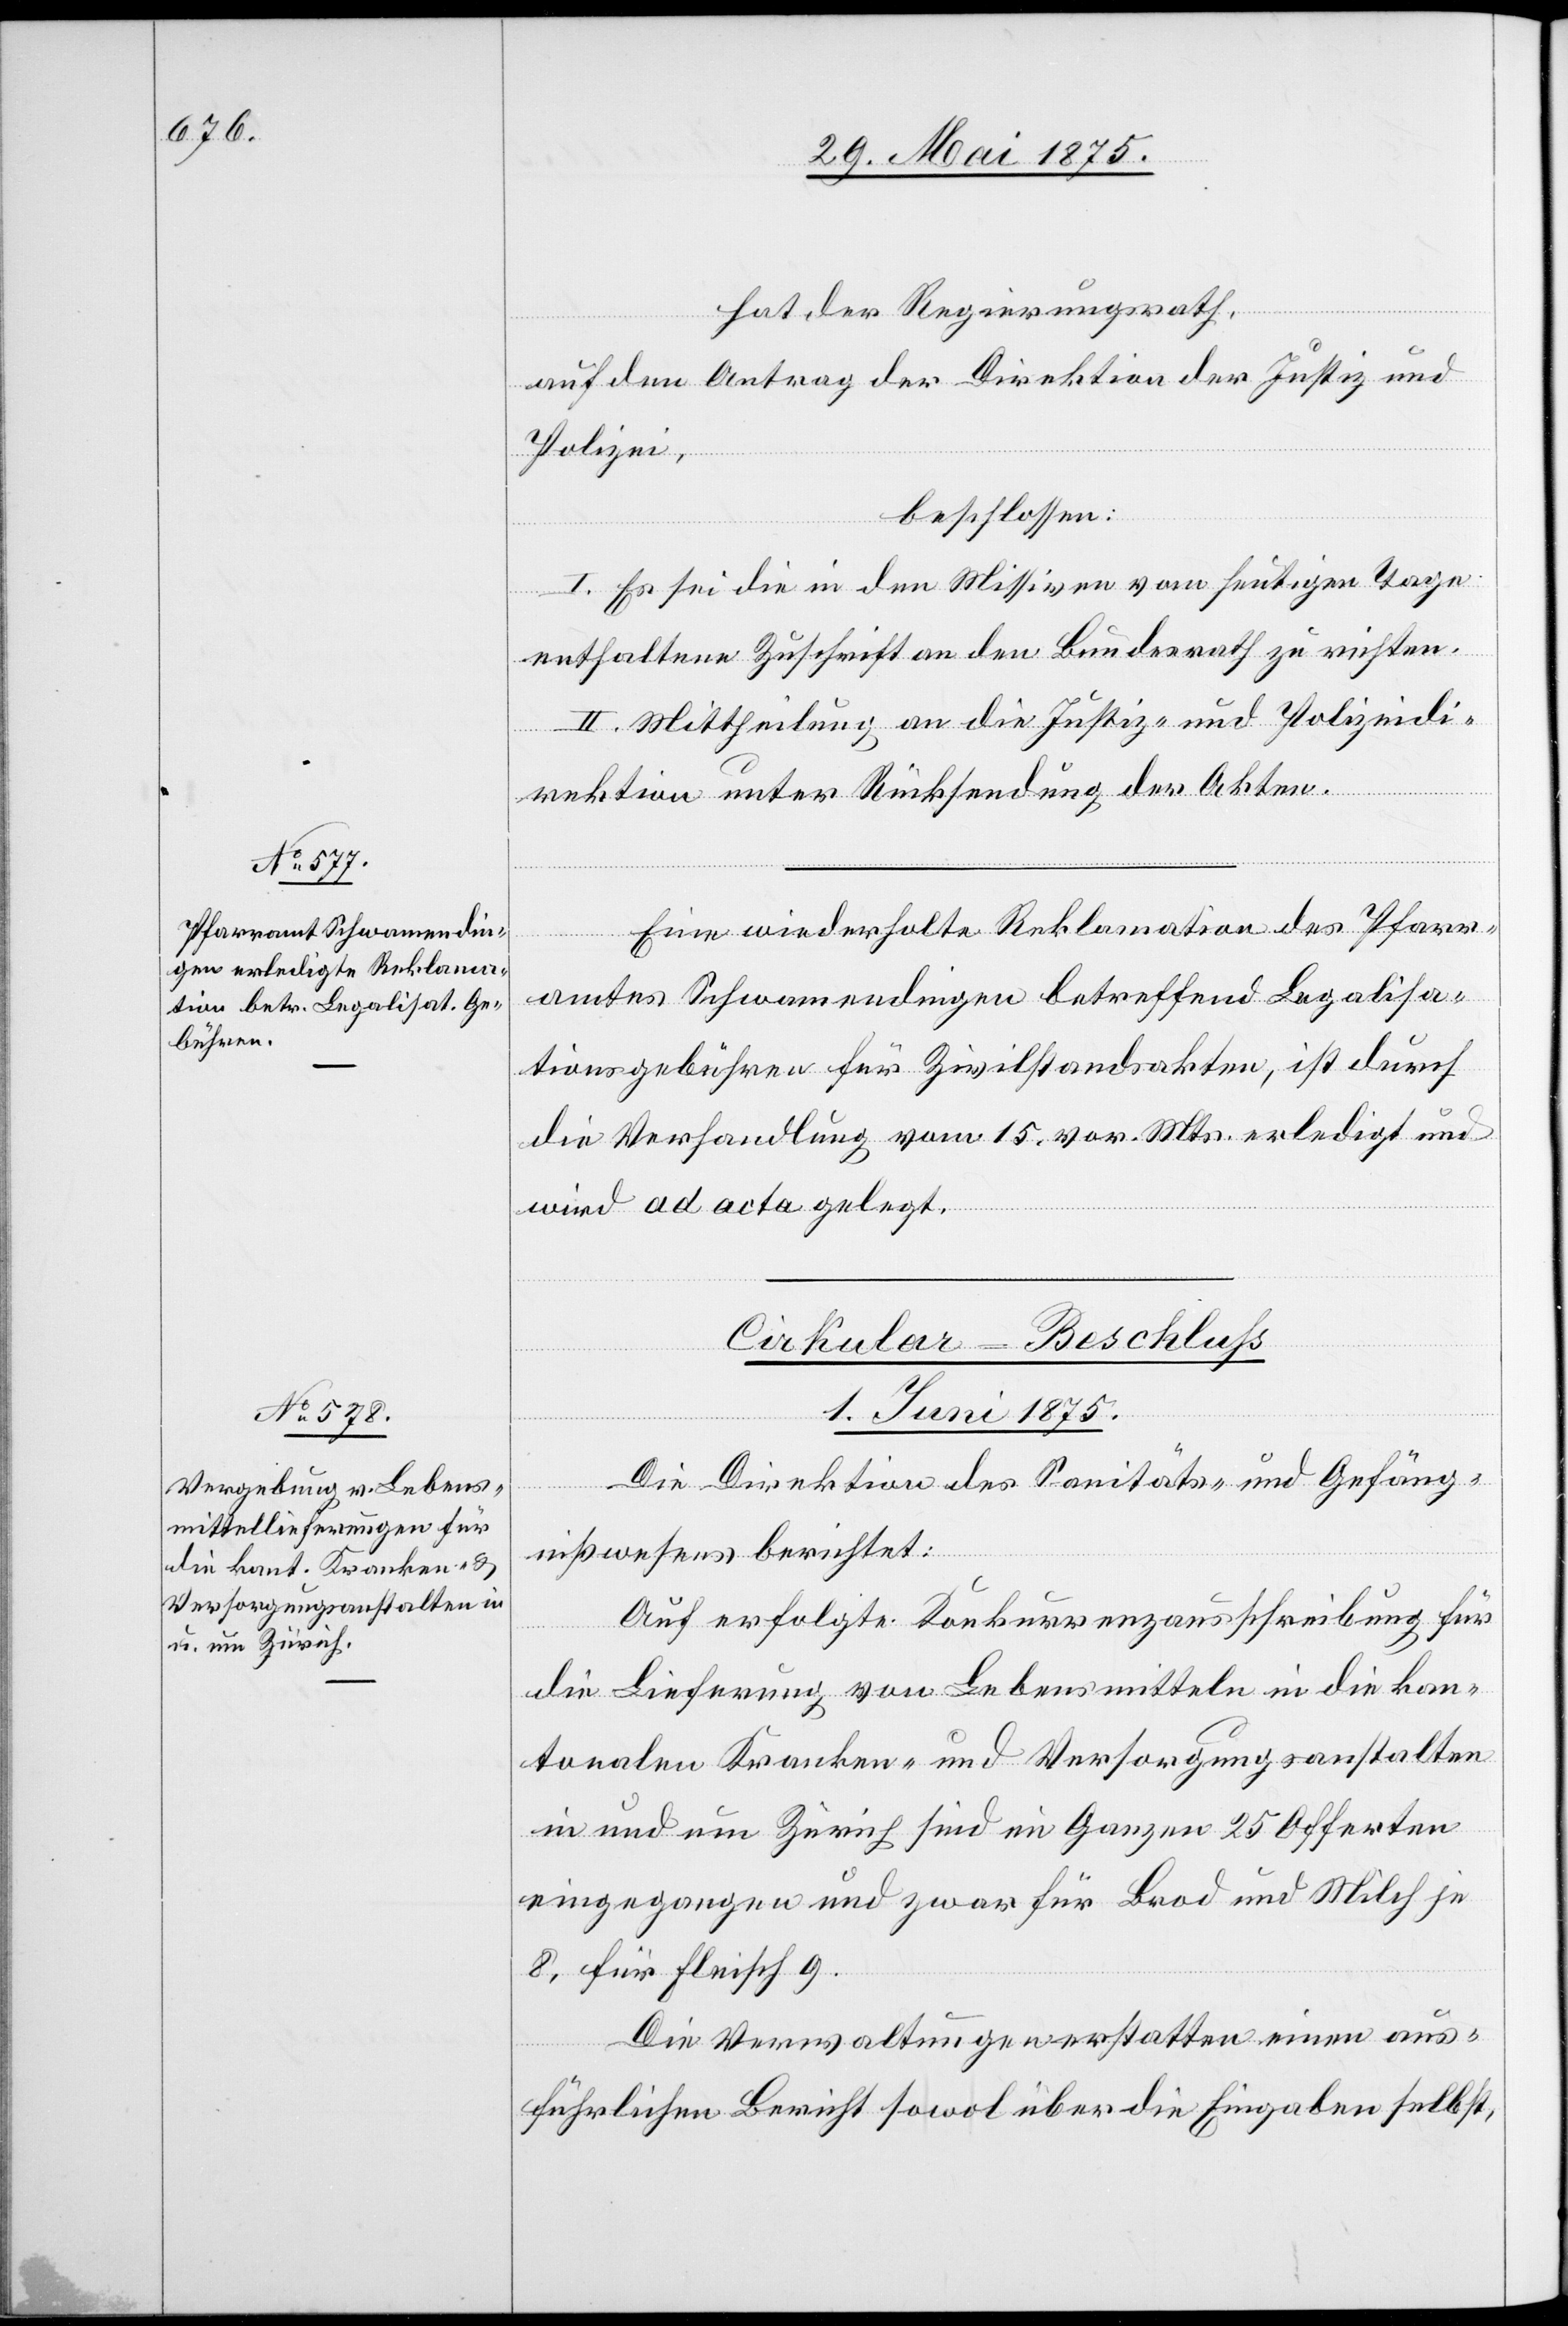
hat der Regierungsrath,
auf den Antrag der Direktion der Justiz und
Polizei,
beschlossen:
I. Es sei die in den Missiven vom heutigen Tage
enthaltene Zuschrift an den Bundesrath zu richten.
II. Mittheilung an die Justiz- und Polizeidi¬
rektion unter Rücksendung der Akten.
Eine wiederholte Reklamation des Pfarr¬
amtes Schwamendingen betreffend Legalisa¬
tionsgebühren für Zivilstandsakten, ist durch
die Verhandlung vom 15. vor. Mts. erledigt und
wird ad acta gelegt.
Cirkular-Beschluß.
1. Juni 1875.
Die Direktion des Sanitäts- und Gefäng¬
nißwesens berichtet:
Auf erfolgte Konkurrenzausschreibung für
die Lieferung von Lebensmitteln in die kan¬
tonalen Kranken- und Versorgungsanstalten
in und um Zürich sind im Ganzen 25 Offerten
eingegangen und zwar für Brod und Milch je
8, für Fleisch 9.
Die Verwaltungen erstatten einen aus¬
führlichen Bericht sowol über die Eingaben selbst,